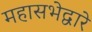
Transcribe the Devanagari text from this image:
महासभेद्वारे